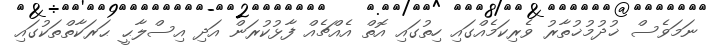
ނަމަވެސް ޚުދުމުޚުތާރު ވެރިކަމެއްގައި ހިތުގައި އޮތް އެއްޗެއް ފާޅުކުރަން އަދި އިސްލާޙީ ޙަރަކާތްތަކުގައި